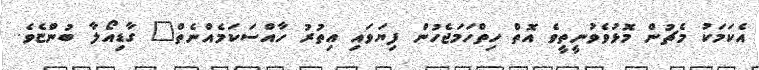
އެކަމަކު މެޗުން މޮޅުވެވުނީތީވެ އޮތް ހިތްހަމަޖެހުން ފިޔަވައި އިތުރު ހާއްސަކަމެއްނެތް" ގާޑިއޯލާ ބުންޏެވެ.